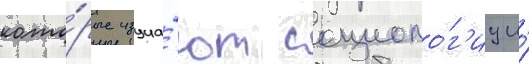
кото́рые изуча́ют социоло́г'иу и́